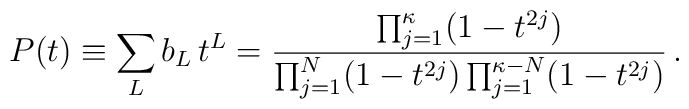
P(t) \equiv \sum_L b_L \, t^L = \frac{\prod_{j=1}^\kappa (1-t^{2j})} {\prod_{j=1}^N (1-t^{2j}) \prod_{j=1}^{\kappa-N} (1-t^{2j})} \, .